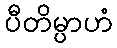
ပီတိမ္ပာဟံ